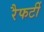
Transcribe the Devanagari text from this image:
रैफर्टी